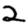
Digit: 2